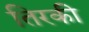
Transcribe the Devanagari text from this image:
तिरकी